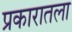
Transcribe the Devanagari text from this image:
प्रकारातला